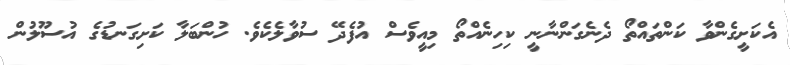
އެކަށީގެންވާ ކަންތައްތޯ ދެނެގަންނާނީ ކިހިނެއްތޯ މިއީވެސް އުފެދޭ ސުވާލެކެވެ. ހުންބަލާ ކަށިގަނޑުގެ އުސޫލުން